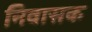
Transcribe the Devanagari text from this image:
निवासक